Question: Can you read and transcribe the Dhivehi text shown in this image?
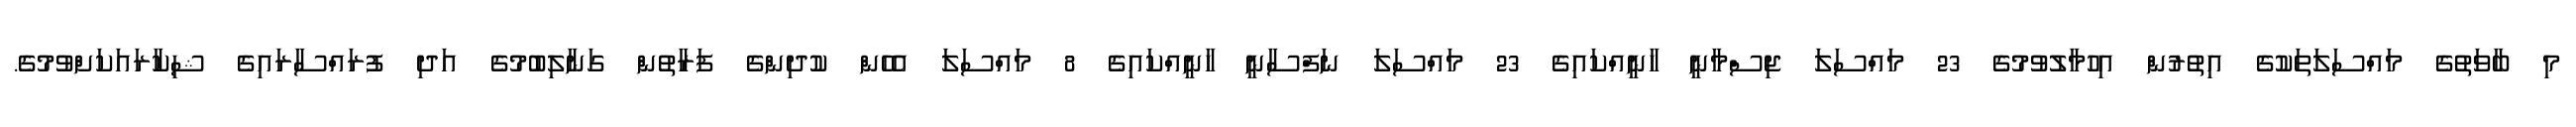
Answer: މި ބާވަތުގެ މައްސަލަތަކުގެ އިތުރުން އިހުމާލުވުމުގެ 23 މައްސަލަ ޖިސްމާނީ ހާނީއްކައިގެ 23 މައްސަލަ ނަފްސާނީ ހާނީއްކައިގެ 8 މައްސަލަ އެހެން ކުދިންގެ ފަރާތުން ގަނާލިބުމުގެ އަދި ފުރައްސާރައިގެ ޝިކާރައަކަށްވުމުގެ.